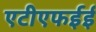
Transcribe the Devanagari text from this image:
एटीएफईई